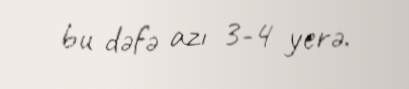
bu dəfə azı 3-4 yerə.